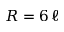
R = 6 \, \ell